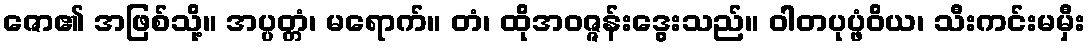
ဇော၏ အဖြစ်သို့။ အပ္ပတ္တံ၊ မရောက်။ တံ၊ ထိုအဝဇ္ဇန်းဒွေးသည်။ ဝါတပုပ္ဖံဝိယ၊ သီးကင်းမမှီး